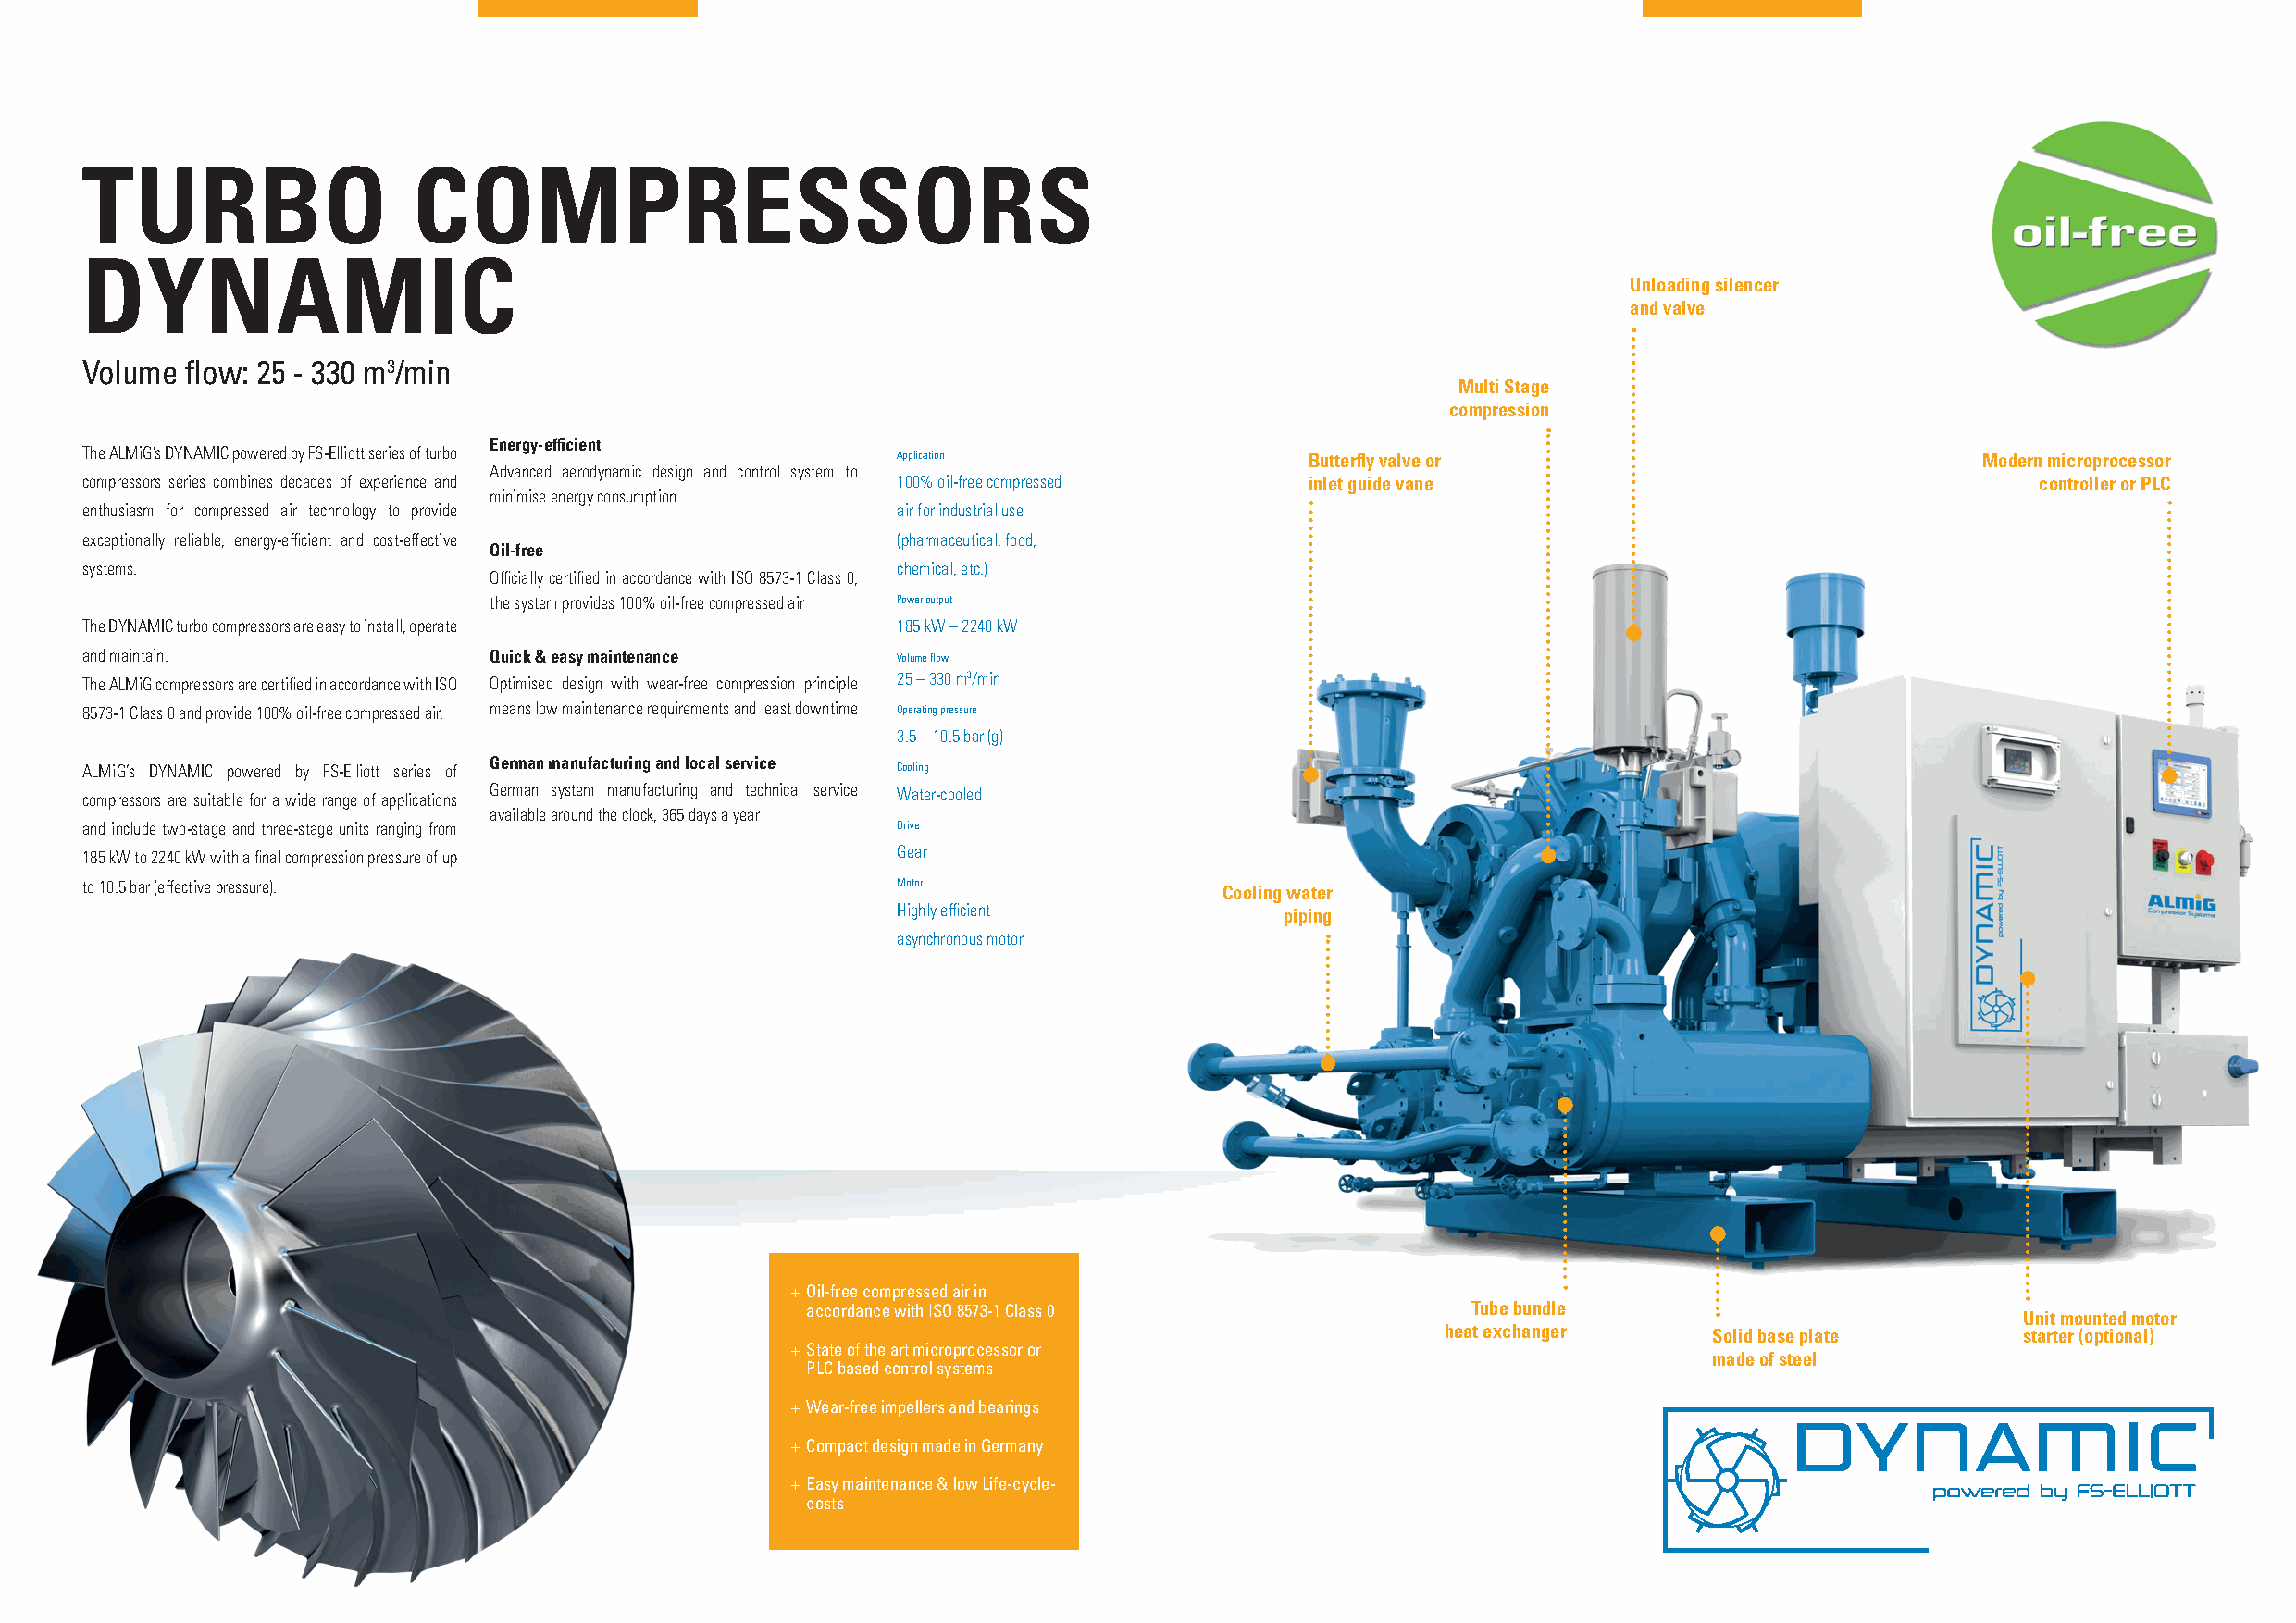
TURBO                  COMPRESSORS
 DYNAMIC
 Unloading silencer
 and valve
 Volume flow: 25 - 330 m3/min
 Multi Stage
 compression
 Energy-efficient
 The ALMiG’s DYNAMIC powered by FS-Elliott series of turbo Application                   Butterfly valve or                              Modern microprocessor
 Advanced aerodynamic design and control system to
 compressors series combines decades of experience and     100% oil-free compressed      inlet guide vane                                    controller or PLC
 minimise energy consumption
 enthusiasm for compressed air technology to provide       air for industrial use
 exceptionally reliable, energy-efficient and cost-effective (pharmaceutical, food,
 Oil-free
 systems.                                                  chemical, etc.)
 Officially certified in accordance with ISO 8573-1 Class 0,
 the system provides 100% oil-free compressed air Power output
 The DYNAMIC turbo compressors are easy to install, operate 185 kW – 2240 kW
 and maintain.                Quick & easy maintenance     Volume flow
 The ALMiG compressors are certified in accordance with ISO Optimised design with wear-free compression principle 25 – 330 m3/min
 8573-1 Class 0 and provide 100% oil-free compressed air. means low maintenance requirements and least downtime Operating pressure
 3.5 – 10.5 bar (g)
 German manufacturing and local service
 ALMiG’s DYNAMIC powered by FS-Elliott series of           Cooling
 German system manufacturing and technical service Water-cooled
 compressors are suitable for a wide range of applications
 available around the clock, 365 days a year
 and include two-stage and three-stage units ranging from  Drive
 Gear
 185 kW to 2240 kW with a final compression pressure of up
 to 10.5 bar (effective pressure).                         Motor                  Cooling water
 Highly efficient            piping
 asynchronous motor
 + Oil-free compressed air in
 accordance with ISO 8573-1 Class 0             Tube bundle
 Unit mounted motor
 heat exchanger     Solid base plate       starter (optional)
 + State of the art microprocessor or
 made of steel
 PLC based control systems
 + Wear-free impellers and bearings
 + Compact design made in Germany
 + Easy maintenance & low Life-cycle-
 costs